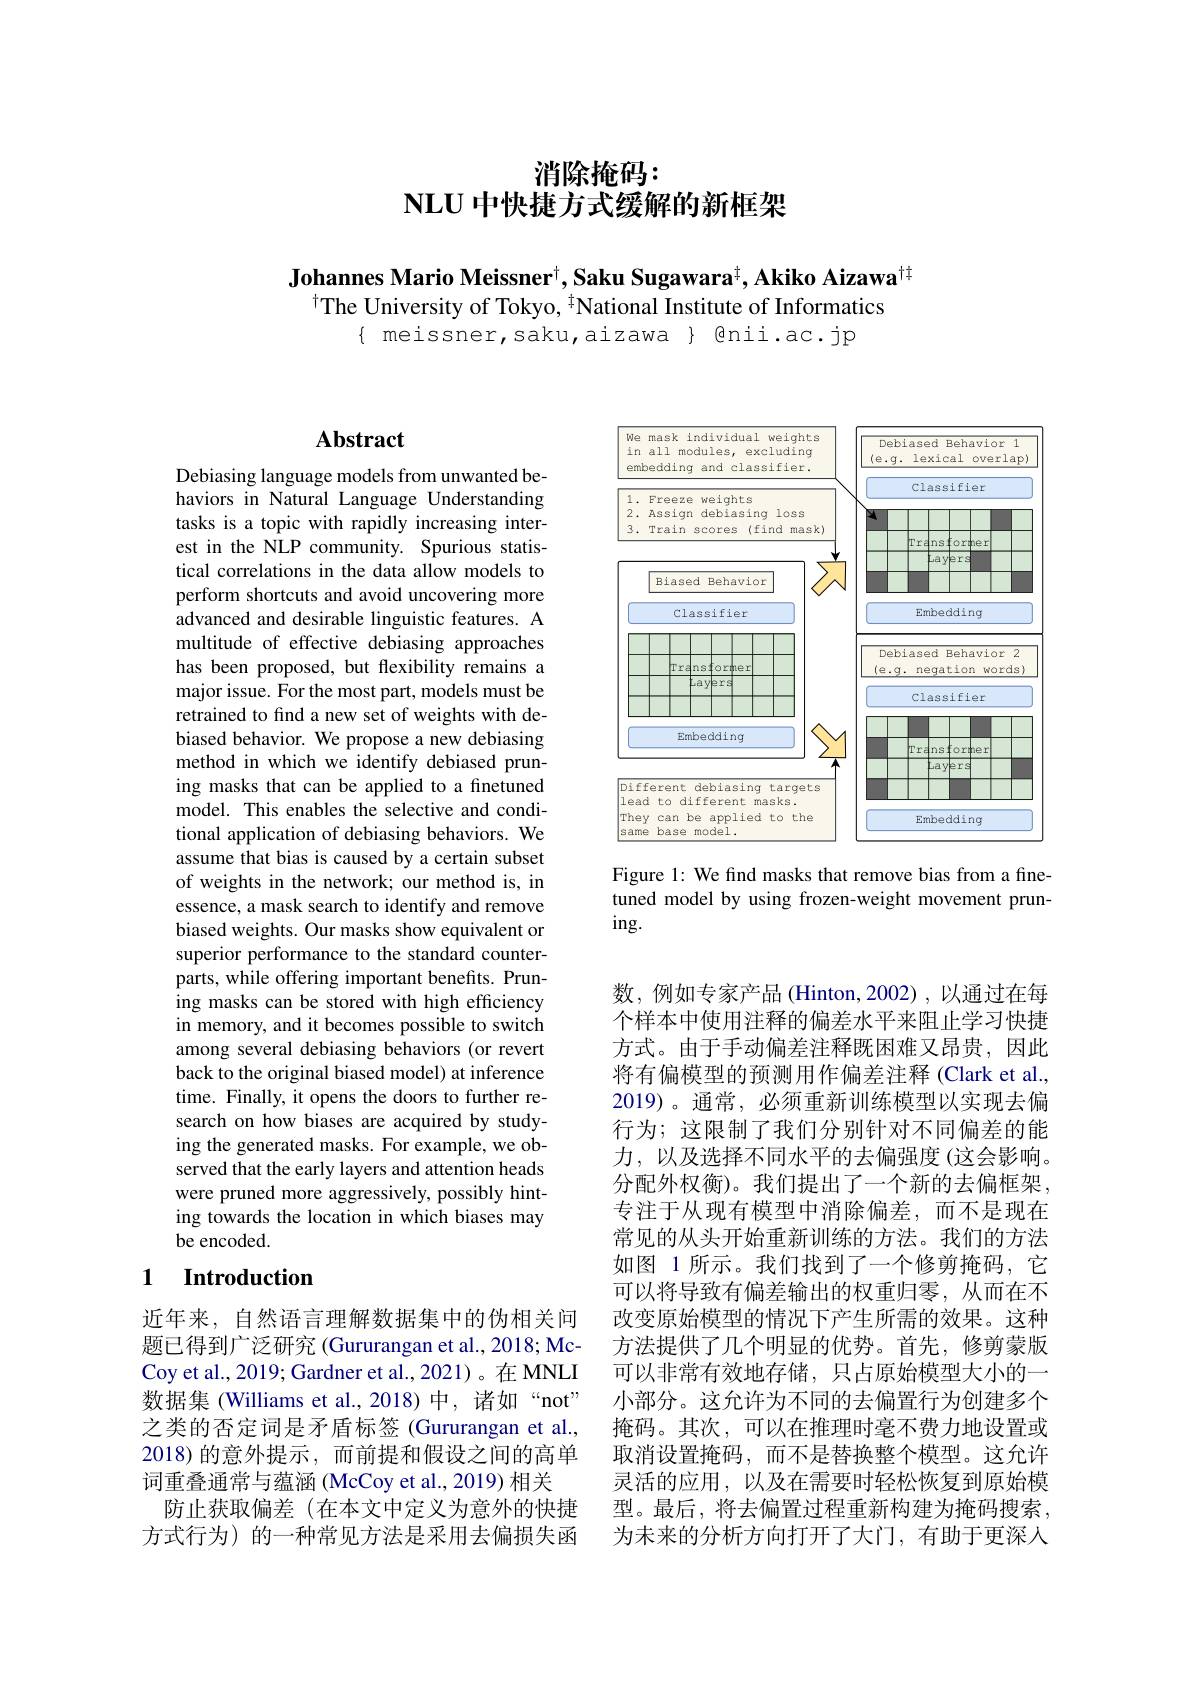
# 消除抢码： $\mathbf{NLU}$中快捷方式缓解的新框架

Johannes Mario Meissner$^{\dagger}$,Saku Sugawara$^{\dagger}$,Akiko Aizawa$^{\dagger\dagger}$
$^{\dagger}$The University of Tokyo, $^{\dagger}$National Institute of Informatics
$\{$ meissner,saku,aizawa $\}$ @nii.ac.jp

## Abstract

Debiasing language models from unwanted behaviors in Natural Language Understanding tasks is a topic with rapidly increasing interest in the NLP community. Spurious statistical correlations in the data allow models to perform shortcuts and avoid uncovering more advanced and desirable linguistic features. A multitude of effective debiasing approaches has been proposed, but flexibility remains a major issue. For the most part, models must be retrained to find a new set of weights with debiased behavior. We propose a new debiasing method in which we identify debiased pruning masks that can be applied to a finetuned model. This enables the selective and conditional application of debiasing behaviors. We assume that bias is caused by a certain subset of weights in the network; our method is, in essence, a mask search to identify and remove biased weights. Our masks show equivalent or superior performance to the standard counterparts, while offering important benefits. Pruning masks can be stored with high efficiency in memory, and it becomes possible to switch among several debiasing behaviors (or revert back to the original biased model) at inference time. Finally, it opens the doors to further research on how biases are acquired by studying the generated masks. For example, we observed that the early layers and attention heads were pruned more aggressively, possibly hinting towards the location in which biases may be encoded.

## 1 Introduction

近年来，自然语言理解数据集中的伪相关问题已得到广泛研究 (Gururangan et al., 2018; McCoy et al., 2019; Gardner et al., 2021)。在 MNLI 数据集 (Williams et al.,2018)中，诸如“not” 之类的否定词是矛盾标签 (Gururangan et al., 2018)的意外提示，而前提和假设之间的高单词重叠通常与蕴涵 (McCoy et al., 2019) 相关
防止获取偏差(在本文中定义为意外的快捷方式行为)的一种常见方法是采用去偏损失函

<FigureHere>

Figure 1: We find masks that remove bias from a finetuned model by using frozen-weight movement prun- $ing.$

数，例如专家产品(Hinton,2002),以通过在每个样本中使用注释的偏差水平来阻止学习快捷方式。由于手动偏差注释既困难又昂贵，因此将有偏模型的预测用作偏差注释 (Clark et al., 2019)。通常，必须重新训练模型以实现去偏行为；这限制了我们分别针对不同偏差的能力，以及选择不同水平的去偏强度(这会影响。分配外权衡)。我们提出了一个新的去偏框架， 专注于从现有模型中消除偏差，而不是现在常见的从头开始重新训练的方法。我们的方法如图 1 所示。我们找到了一个修剪掩码，它可以将导致有偏差输出的权重归零，从而在不改变原始模型的情况下产生所需的效果。这种方法提供了几个明显的优势。首先，修剪蒙版可以非常有效地存储，只占原始模型大小的一小部分。这允许为不同的去偏置行为创建多个掩码。其次，可以在推理时毫不费力地设置或取消设置掩码，而不是替换整个模型。这允许灵活的应用，以及在需要时轻松恢复到原始模型。最后，将去偏置过程重新构建为掩码搜索， 为未来的分析方向打开了大门，有助于更深人